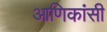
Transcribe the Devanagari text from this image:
आणिकांसी